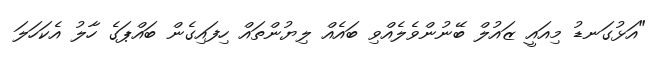
"އަޅުގަނޑު މިއައީ ޒައުލް ބޭނުންވެލެއްވި ބައެއް ލިޔުންތައް ހިފައިގެން ބައްޕަގެ ހާލު އެކަހަލަ